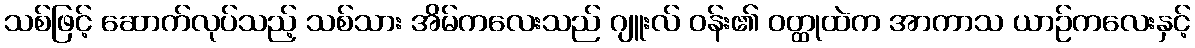
သစ်ဖြင့် ဆောက်လုပ်သည့် သစ်သား အိမ်ကလေးသည် ဂျူးလ် ဝန်း၏ ဝတ္ထုထဲက အာကာသ ယာဉ်ကလေးနှင့်